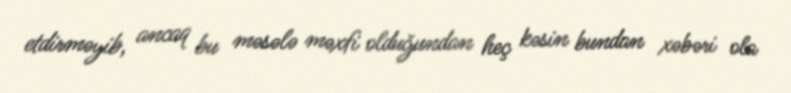
etdirməyib, ancaq bu məsələ məxfi olduğundan heç kəsin bundan xəbəri ola